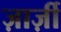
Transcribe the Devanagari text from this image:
ज़ार्ज़ी